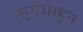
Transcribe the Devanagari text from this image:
सुगंधाहून